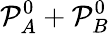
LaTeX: \mathcal P_{A}^{0}+\mathcal P_{B}^{0}